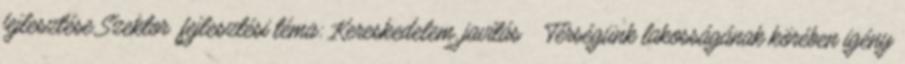
fejlesztése Szektor fejlesztési téma: Kereskedelem, javítás ▪Térségünk lakosságának körében igény